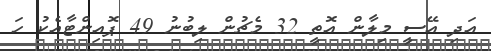
އަދި އޭސީ މިލާން އޮތީ 32 މެޗުން ލިބުނު 49 ޕޮއިންޓާއެކު ހަ